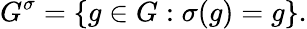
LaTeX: G^{\sigma}=\{ g\in G:\sigma(g)=g\} .